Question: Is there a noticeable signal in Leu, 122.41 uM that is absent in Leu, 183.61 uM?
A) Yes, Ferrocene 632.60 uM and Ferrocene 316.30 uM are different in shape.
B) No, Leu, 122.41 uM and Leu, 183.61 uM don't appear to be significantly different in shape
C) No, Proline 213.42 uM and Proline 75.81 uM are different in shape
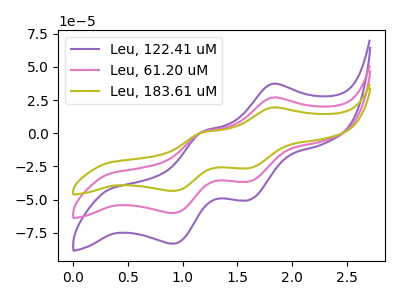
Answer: <think>The purple curve "Leu, 122.41 uM" has anodic peaks at (1.80V, 37.15uA) (1.20V, 1.05uA) and cathodic peaks at (1.60V, -50.25uA) (0.90V, -83.15uA). The pink curve "Leu, 61.20 uM" has anodic peaks at (1.80V, 26.85uA) (1.20V, 0.75uA) and cathodic peaks at (1.60V, -36.30uA) (0.90V, -60.05uA). The olive curve "Leu, 183.61 uM" has anodic peaks at (1.80V, 53.70uA) (1.20V, 1.55uA) and cathodic peaks at (1.60V, -72.60uA) (0.90V, -120.15uA).
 All the peaks in "Leu, 122.41 uM" have a peak in "Leu, 183.61 uM" at the same potential. Every peak in "Leu, 122.41 uM" is lower than every peak in "Leu, 183.61 uM".</think>
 <answer>B) No, "Leu, 122.41 uM" and "Leu, 183.61 uM" don't appear to be significantly different in shape</answer>
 <eval>B</eval>